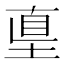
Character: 𡌴